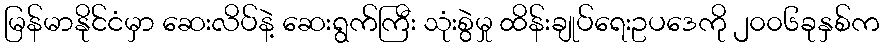
မြန်မာနိုင်ငံမှာ ဆေးလိပ်နဲ့ ဆေးရွက်ကြီး သုံးစွဲမှု ထိန်းချုပ်ရေးဥပဒေကို ၂၀၀၆ခုနှစ်က